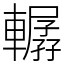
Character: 轏